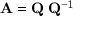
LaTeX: \mathbf { A } = \mathbf { Q } \mathbf { \Lambda } \mathbf { Q } ^ { - 1 }